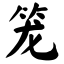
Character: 笼